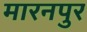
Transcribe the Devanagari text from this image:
मारनपुर